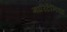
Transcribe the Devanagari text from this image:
मारिटेनिया